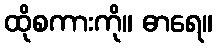
ထိုစကားကို။ ဓာရေ။